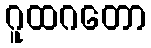
ဂူထဂတော